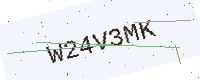
Text: W24V3MK